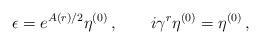
LaTeX: \begin{align*}\epsilon = e^{A(r)/2} \eta^{(0)} \,, \quad \quad i\gamma^r \eta^{(0)}=\eta^{(0)} \,,\end{align*}